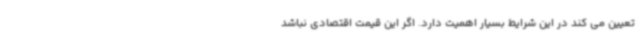
تعیین می کند در این شرایط بسیار اهمیت دارد. اگر این قیمت اقتصادی نباشد